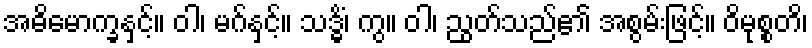
အဓိမောက္ခနှင့်။ ဝါ၊ မဂ်နှင့်။ သဒ္ဓိံ၊ ကွ။ ဝါ၊ ညွတ်သည်၏ အစွမ်းဖြင့်။ ဝိမုစ္စတိ၊